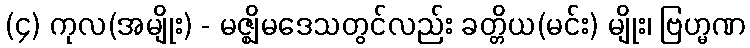
(၄) ကုလ(အမျိုး) - မဇ္ဈိမဒေသတွင်လည်း ခတ္တိယ(မင်း) မျိုး၊ ဗြဟ္မဏ